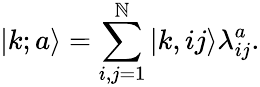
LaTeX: |k;a\rangle=\sum_{i,j=1}^{\mathbb{N}}|k,ij\rangle\lambda_{ij}^{a}.